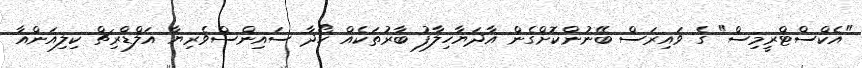
"އެކްސްޓްރީމިސް" ގެ ވައިރަސް ބޭނުންކޮށްގެން އާދަޔާހިލާފު ބާރުތަކެއް ހޯދާ ސައިންސްވެރިޔާ އަލްޑްރިޗް ކިލިއަންއާ